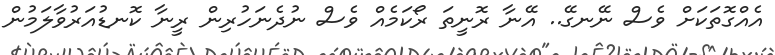
އެއްގޮތަކަށް ވެސް ނޭނގޭ.. އޭނާ ރޮނީތަ ރޯކަމެއް ވެސް ނުދެނަހުރިން ރީނާ ކޮނޑުއަރުވާލަމުން